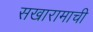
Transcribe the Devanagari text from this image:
सखारामाची